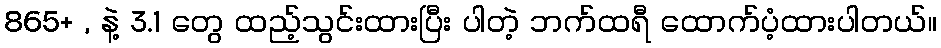
865+ , နဲ့ 3.1 တွေ ထည့်သွင်းထားပြီး ပါတဲ့ ဘက်ထရီ ထောက်ပံ့ထားပါတယ်။